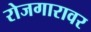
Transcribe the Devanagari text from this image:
रोजगारावर